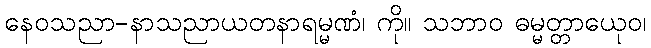
နေဝသညာ-နာသညာယတနာရမ္မဏံ၊ ကို။ သဘာဝ ဓမ္မတ္တာယေုဝ၊